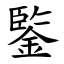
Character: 鍳